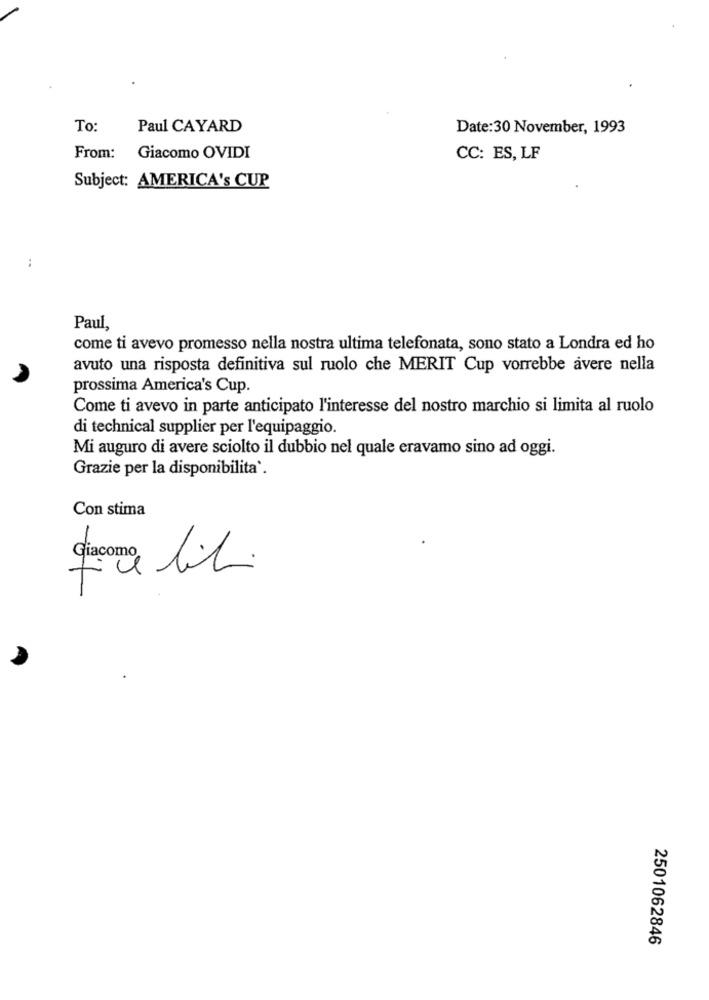
To:
Paul CAYARD
Date:30 November, 1993
From:
Giacomo OVIDI
CC: ES, LF
Subject: AMERICA's CUP
:
Paul,
come ti avevo promesso nella nostra ultima telefonata, sono stato a Londra ed ho
avuto una risposta definitiva sul ruolo che MERIT Cup vorrebbe avere nella
prossima America's Cup.
Come ti avevo in parte anticipato l'interesse del nostro marchio si limita al ruolo
di technical supplier per l'equipaggio.
Mi auguro di avere sciolto il dubbio nel quale eravamo sino ad oggi.
Grazie per la disponibilita'.
Con stima
Giacomo libi
2501062846